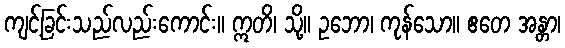
ကျင့်ခြင်းသည်လည်းကောင်း။ ဣတိ၊ သို့။ ဥဘော၊ ကုန်သော။ ဧတေ အန္တာ၊